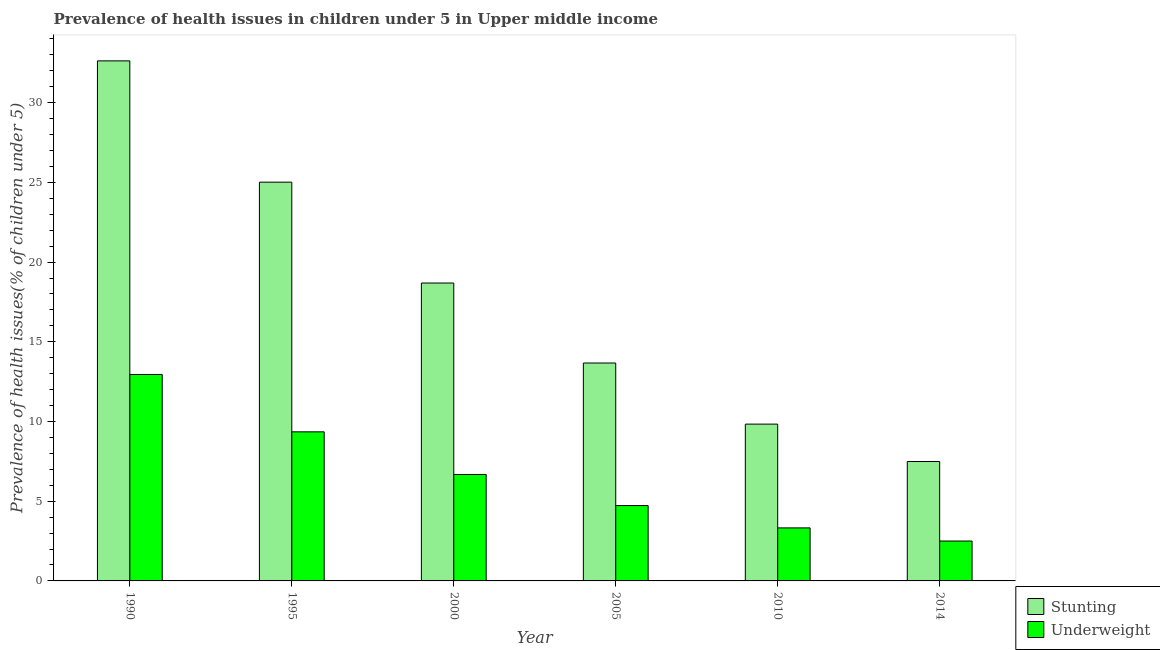
| Year | Stunting | Underweight |
 | --- | --- | --- |
 | 1990 | 32.6 | 13 |
 | 1995 | 25 | 9.35 |
 | 2000 | 18.7 | 6.68 |
 | 2005 | 13.7 | 4.73 |
 | 2010 | 9.84 | 3.33 |
 | 2014 | 7.49 | 2.5 |